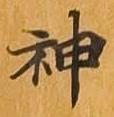
神